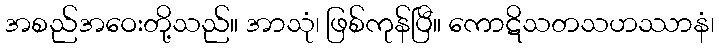
အစည်အဝေးတို့သည်။ အာသုံ၊ ဖြစ်ကုန်ပြီ။ ကောဋိသတသဟဿာနံ၊